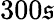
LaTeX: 300\mathfrak{s}